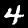
Digit: 4